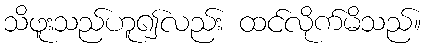
သိဖူးသည်ဟူ၍လည်း ထင်လိုက်မိသည်။